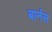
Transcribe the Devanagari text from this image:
बार्नस